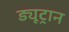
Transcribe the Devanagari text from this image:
ड्यूट्रान